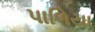
પાળિયા